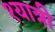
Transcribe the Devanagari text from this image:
१यात्री